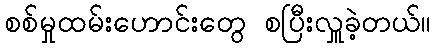
စစ်မှုထမ်းဟောင်းတွေ စပြီးလှူခဲ့တယ်။